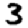
Digit: 3